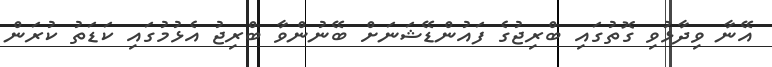
އޭނާ ވިދާޅުވި ގޮތުގައި ބްރިޖުގެ ފައުންޑޭޝަނަށް ބޭނުންވާ ބްރިޖު އެޅުމުގައި ކަޑަތު ކުރަން